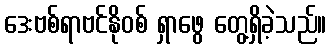
ဒေးဗစ်ရာဗင်နိုဝစ် ရှာဖွေ တွေ့ရှိခဲ့သည်။